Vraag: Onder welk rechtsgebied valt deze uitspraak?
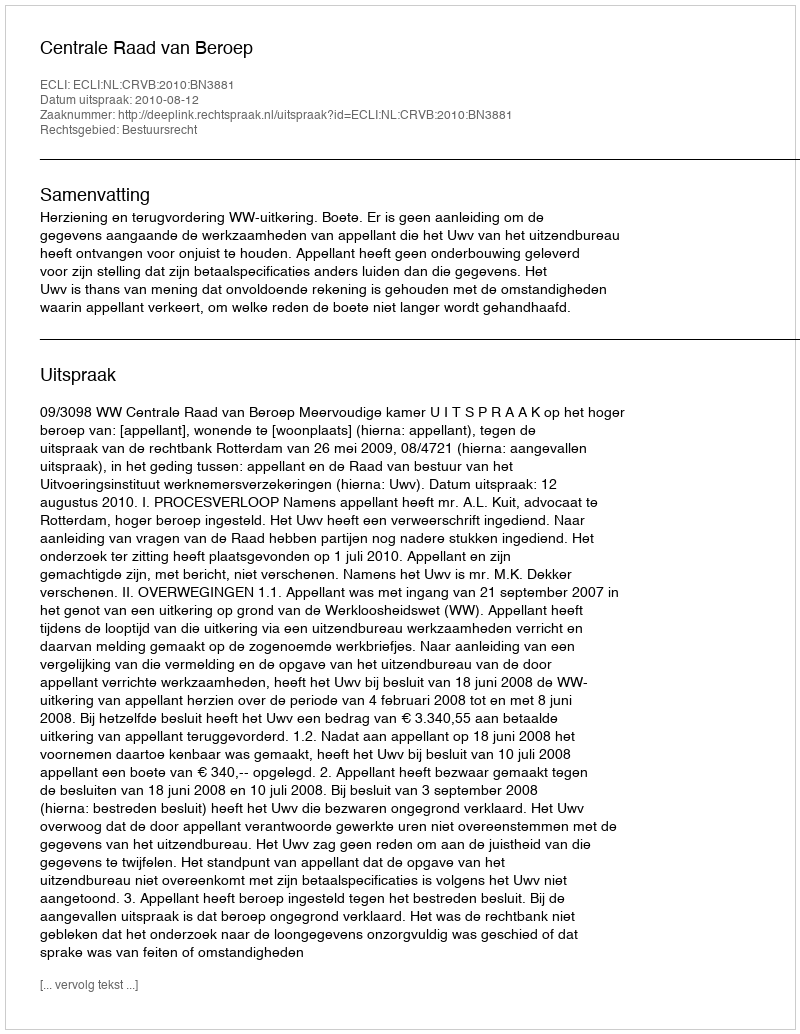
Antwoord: Bestuursrecht